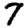
Digit: 7